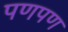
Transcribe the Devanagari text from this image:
पणपण